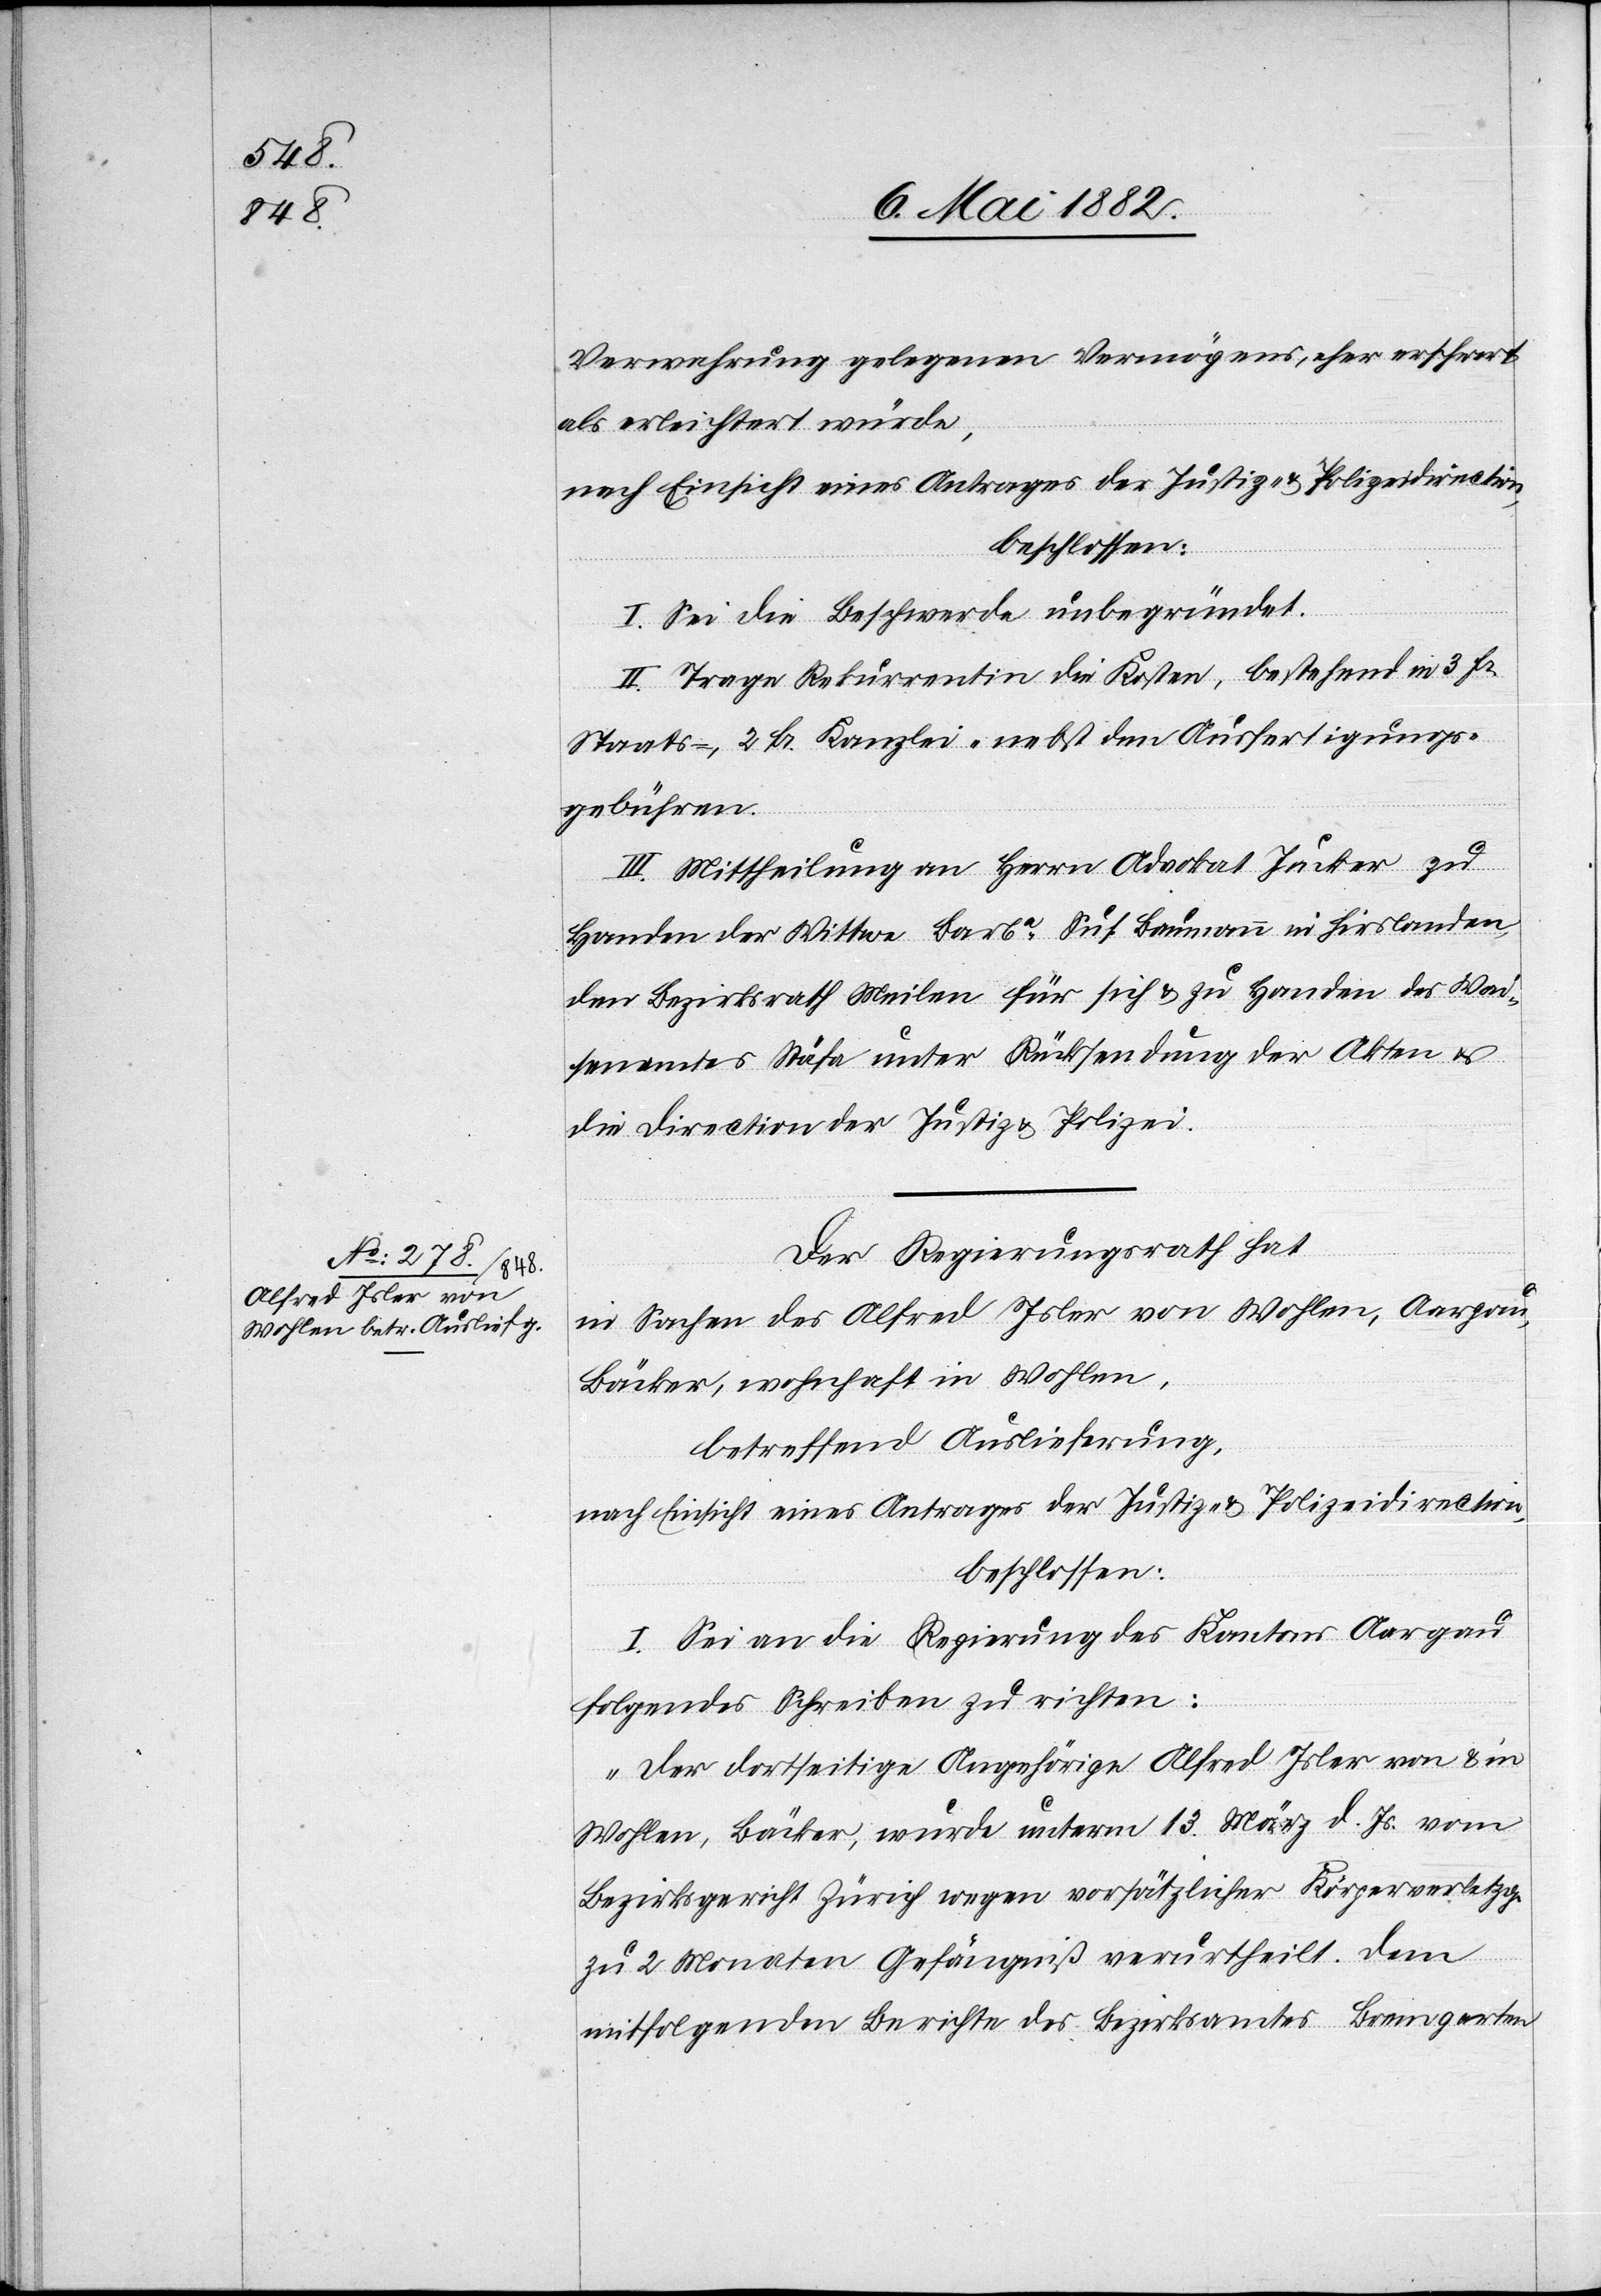
Verwahrung gelegenen Vermögens, eher erschwert
als erleichtert würde,
nach Einsicht eines Antrages der Justiz- & Polizeidirection,
beschlossen:
I. Sei die Beschwerde abgewiesen.
II. Trage Rekurrentin die Kosten, bestehend in 3 Fr.
Staats-, 2 Fr. Kanzlei- nebst den Ausfertigungs¬
gebühren.
II. Mittheilung an Herrn Advokat Jucker zu
Handen der Wittwe Barba Sus. Baumann in Hirslanden,
den Bezirksrath Meilen für sich & zu Handen des Wai¬
senamtes Stäfa unter Rücksendung der Akten &
die Direction der Justiz & Polizei.
Der Regierungsrath hat
in Sachen des Alfred Isler von Wohlen, Aargau,
Bäcker, wohnhaft in Wohlen,
betreffend Auslieferung,
nach Einsicht eines Antrages der Justiz- & Polizeidirection,
beschlossen:
I. Sei an die Regierung des Kantons Aargau
folgendes Schreiben zu richten:
„Der dortseitige Angehörige Alfred Isler von & in
Wohlen, Bäcker, wurde unterm 13. März d. Js. vom
Bezirksgericht Zürich wegen vorsätzlicher Körperverletzg.
zu 2 Monaten Gefängniß verurtheilt. Dem
mitfolgenden Berichte des Bezirksamtes Bremgarten